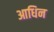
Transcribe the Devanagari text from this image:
आधिन